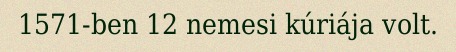
1571-ben 12 nemesi kúriája volt.